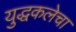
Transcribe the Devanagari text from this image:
युद्धकलेचा